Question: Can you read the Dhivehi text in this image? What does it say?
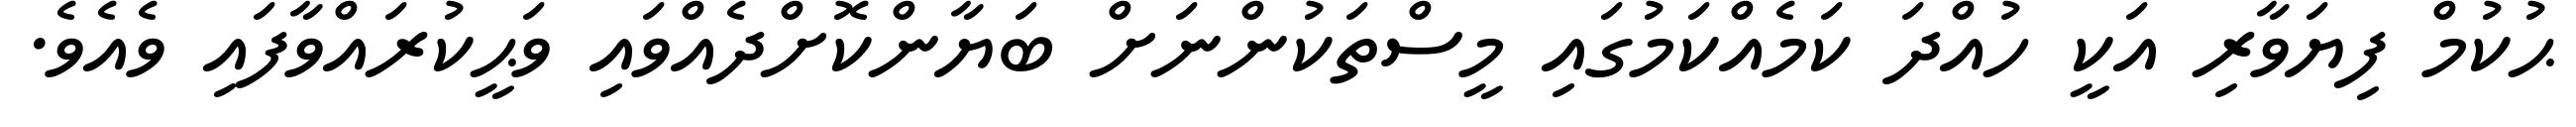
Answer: ޙުކުމް ފިޔަވާރި އަކީ ހުއްދަ ކަމެއްކަމުގައި މީސްތަކުންނަށް ބަޔާންކޮށްދެއްވައި ވަޙީކުރައްވާފައި ވެއެވެ.